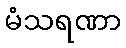
မံသရဏာ